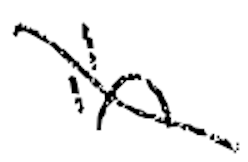
Text: in
Cross-out: diagonal
Writing tool: digital_black